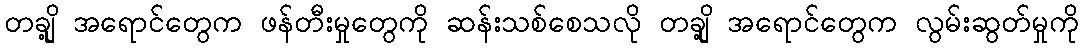
တချို့ အရောင်တွေက ဖန်တီးမှုတွေကို ဆန်းသစ်စေသလို တချို့ အရောင်တွေက လွမ်းဆွတ်မှုကို